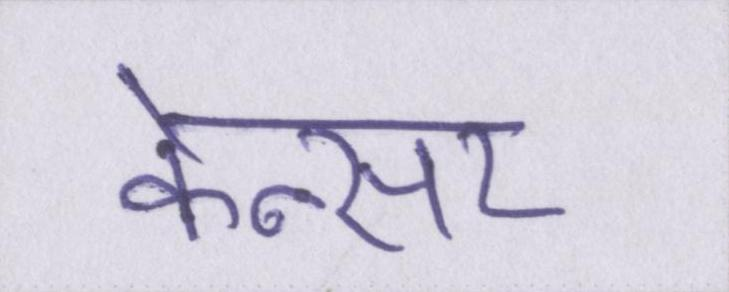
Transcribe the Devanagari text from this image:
केन्सर